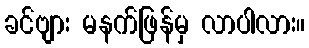
ခင်ဗျား မနက်ဖြန်မှ လာပါလား။